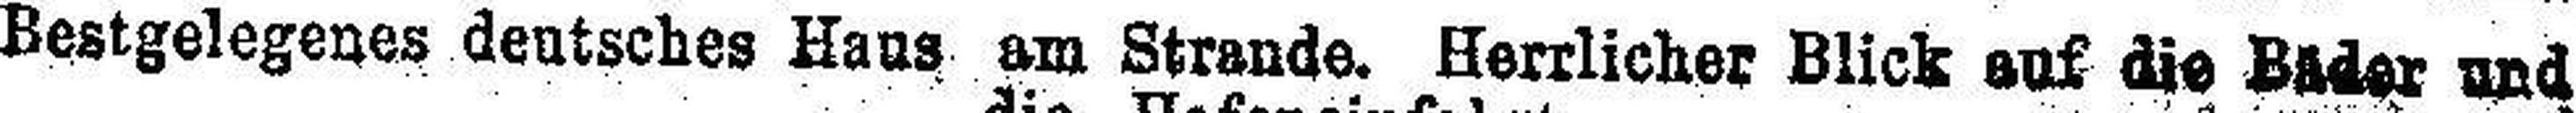
Bestgelegenes deutsches Haus am Strande. Herrlicher Blick auf die Bäder und